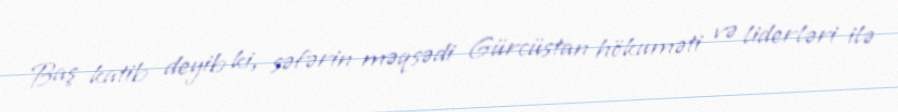
Baş katib deyib ki, səfərin məqsədi Gürcüstan hökuməti və liderləri ilə